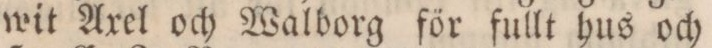
wit Axel och Walborg för fullt hus och